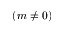
( m \neq 0 )